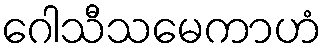
ဂေါသီသမေကာဟံ